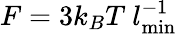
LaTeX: F=3k_{B}T~l_{\mathrm{min}}^{-1}